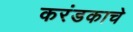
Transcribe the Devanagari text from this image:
करंडकाचे